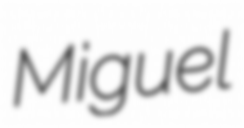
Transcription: Miguel